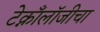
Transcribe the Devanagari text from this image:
टेक्नाँलॉजीचा